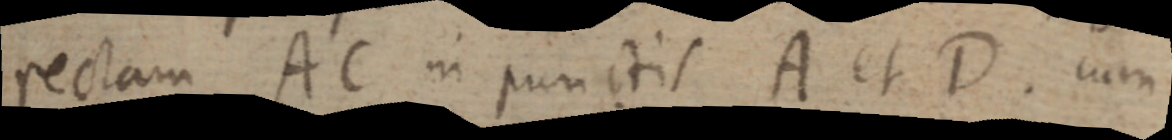
rectam. AC in punctis A et D. cum